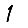
Digit: 1